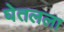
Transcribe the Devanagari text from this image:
घेतलला